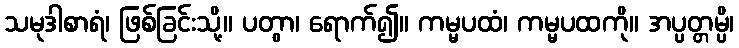
သမုဒါစာရံ၊ ဖြစ်ခြင်းသို့။ ပတွာ၊ ရောက်၍။ ကမ္မပထံ၊ ကမ္မပထကို။ အပ္ပတ္တမ္ပိ၊